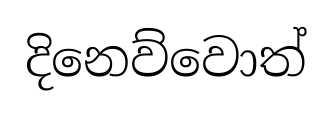
දිනෙව්වොත්